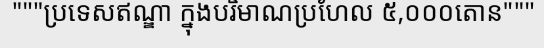
"""ប្រទេសឥណ្ឌា ក្នុងបរិមាណប្រហែល ៥,០០០តោន"""